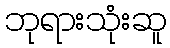
ဘုရားသုံးဆူ